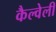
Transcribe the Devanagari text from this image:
कैल्वेली